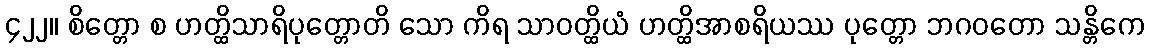
၄၂၂။ စိတ္တော စ ဟတ္ထိသာရိပုတ္တောတိ သော ကိရ သာဝတ္ထိယံ ဟတ္ထိအာစရိယဿ ပုတ္တော ဘဂဝတော သန္တိကေ